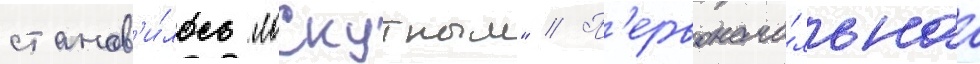
станов'и́лось "лоскутным" // П'ервонача́льнаа